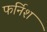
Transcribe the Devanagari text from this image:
फर्निश